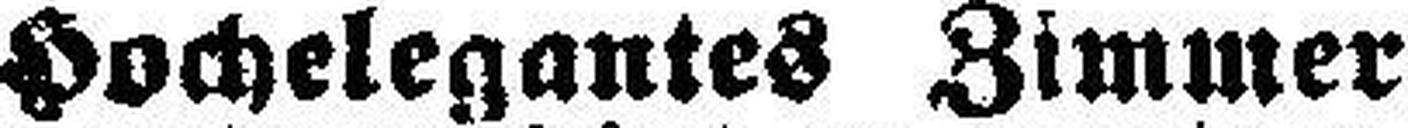
Hochelegantes Zimmer